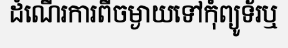
ដំណើរការពីចម្ងាយទៅកុំព្យូទ័រឬ